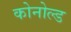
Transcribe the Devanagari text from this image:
कोनोल्ड